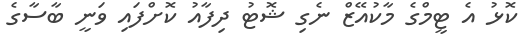
ކޮޅު އެ ޓީމްގެ މާކުއޭޒް ނެގި ޝޮޓު ދިފާއު ކޮށްފައި ވަނީ ބާސާގެ